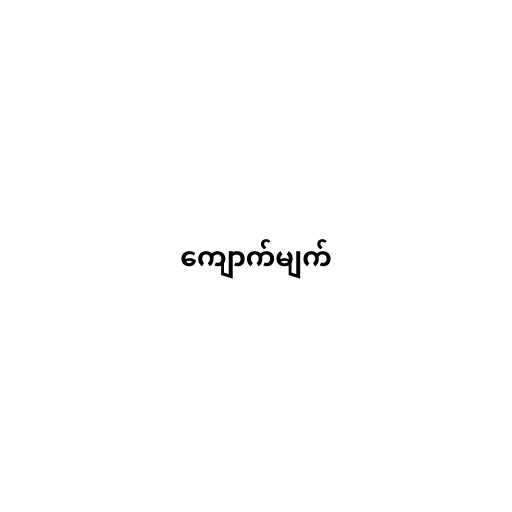
ကျောက်မျက်